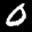
Label: 0